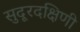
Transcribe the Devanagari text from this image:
सुदूरदक्षिणी